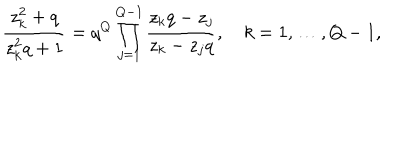
LaTeX: \frac { z _ { k } ^ { 2 } + q } { z _ { k } ^ { 2 } q + 1 } = q ^ { Q } \prod _ { j = 1 } ^ { Q - 1 } \frac { z _ { k } q - z _ { j } } { z _ { k } - z _ { j } q } , k = 1 , \ldots , Q - 1 ,